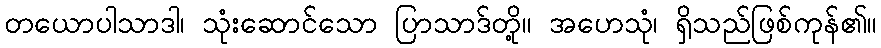
တယောပါသာဒါ၊ သုံးဆောင်သော ပြာသာဒ်တို့။ အဟေသုံ၊ ရှိသည်ဖြစ်ကုန်၏။